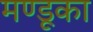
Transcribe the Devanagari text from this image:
मण्डूका